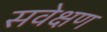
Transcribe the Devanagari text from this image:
सवेक्षण